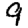
Digit: 9